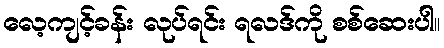
လေ့ကျင့်ခန်း လုပ်ရင်း ရလဒ်ကို စစ်ဆေးပါ။